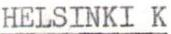
HELSINKI K